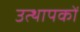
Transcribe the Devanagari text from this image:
उत्थापकों